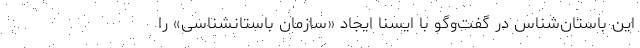
این باستان‌شناس در گفت‌وگو با ایسنا ایجاد «سازمان باستانشناسی» را